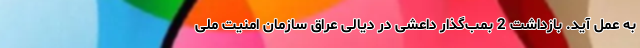
به عمل آید. بازداشت 2 بمب‌گذار داعشی در دیالی عراق سازمان امنیت ملی